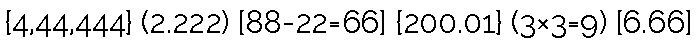
{4,44,444} (2.222) [88-22=66] {200.01} (3×3=9) [6.66]